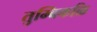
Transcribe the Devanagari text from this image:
तुम्बिकळि